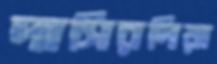
দাসিরদিয়া